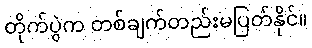
တိုက်ပွဲက တစ်ချက်တည်းမပြတ်နိုင်။